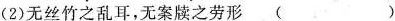
(2)无丝竹之乱耳，无案牍之劳形 ()